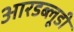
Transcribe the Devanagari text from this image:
आरडब्लूडी